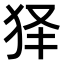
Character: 𤝢